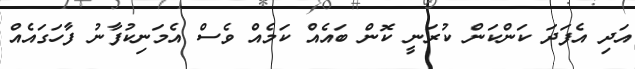
އަދި އެފަދަ ކަންކަން ކުރަނީ ކޮން ބައެއް ކަމެއް ވެސް އެމަނިކުފާނު ފާހަގައެއް